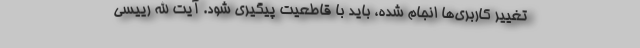
تغییر کاربری‌ها انجام شده، باید با قاطعیت پیگیری شود. آیت الله رییسی